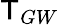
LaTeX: \mathsf{T}_{GW}